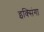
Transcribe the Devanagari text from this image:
इक्सिंगा